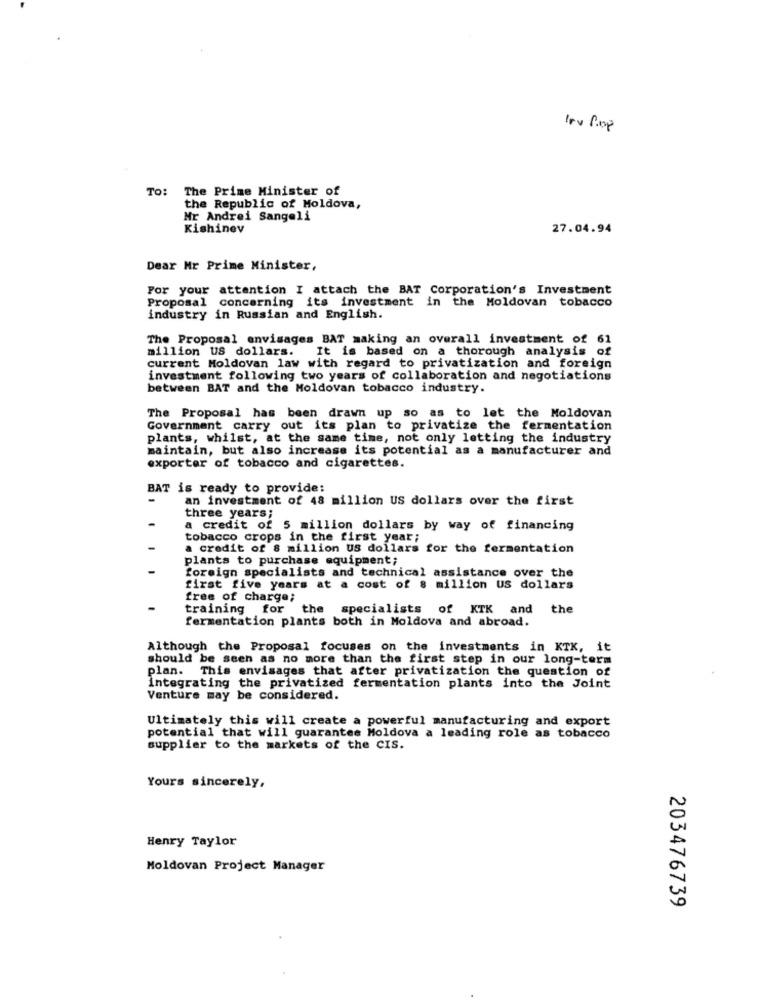
lov Pop
TO:
The Prime Minister of
the Republic of Moldova,
Mr Andrei Sangeli
Kishinev
27.04.94
Dear Mr Prime Minister,
For your attention I attach the BAT Corporation's Investment
Proposal concerning its investment in the Moldovan tobacco
industry in Russian and English.
The Proposal envisages BAT making an overall investment of 61
million US dollars. It is based on a thorough analysis of
current Moldovan law with regard to privatization and foreign
investment following two years of collaboration and negotiations
between BAT and the Moldovan tobacco industry.
The Proposal has been drawn up so as to let the Moldovan
Government carry out its plan to privatize the fermentation
plants, whilst, at the same time, not only letting the industry
maintain, but also increase its potential as a manufacturer and
exporter of tobacco and cigarettes.
BAT is ready to provide:
-
an investment of 48 million US dollars over the first
three years;
a credit of 5 million dollars by way of financing
tobacco crops in the first year;
-
a credit of 8 million US dollars for the fermentation
plants to purchase equipment;
foreign specialists and technical assistance over the
first five years at a cost of 8 million US dollars
free of charge;
training for the specialists of KTK and the
fermentation plants both in Moldova and abroad.
Although the Proposal focuses on the investments in KTX, it
should be seen as no more than the first step in our long-term
plan. This envisages that after privatization the question of
integrating the privatized fermentation plants into the Joint
Venture may be considered.
Ultimately this will create a powerful manufacturing and export
potential that will guarantee Moldova a leading role as tobacco
supplier to the markets of the CIS.
Yours sincerely,
Henry Taylor
Moldovan Project Manager
203476739